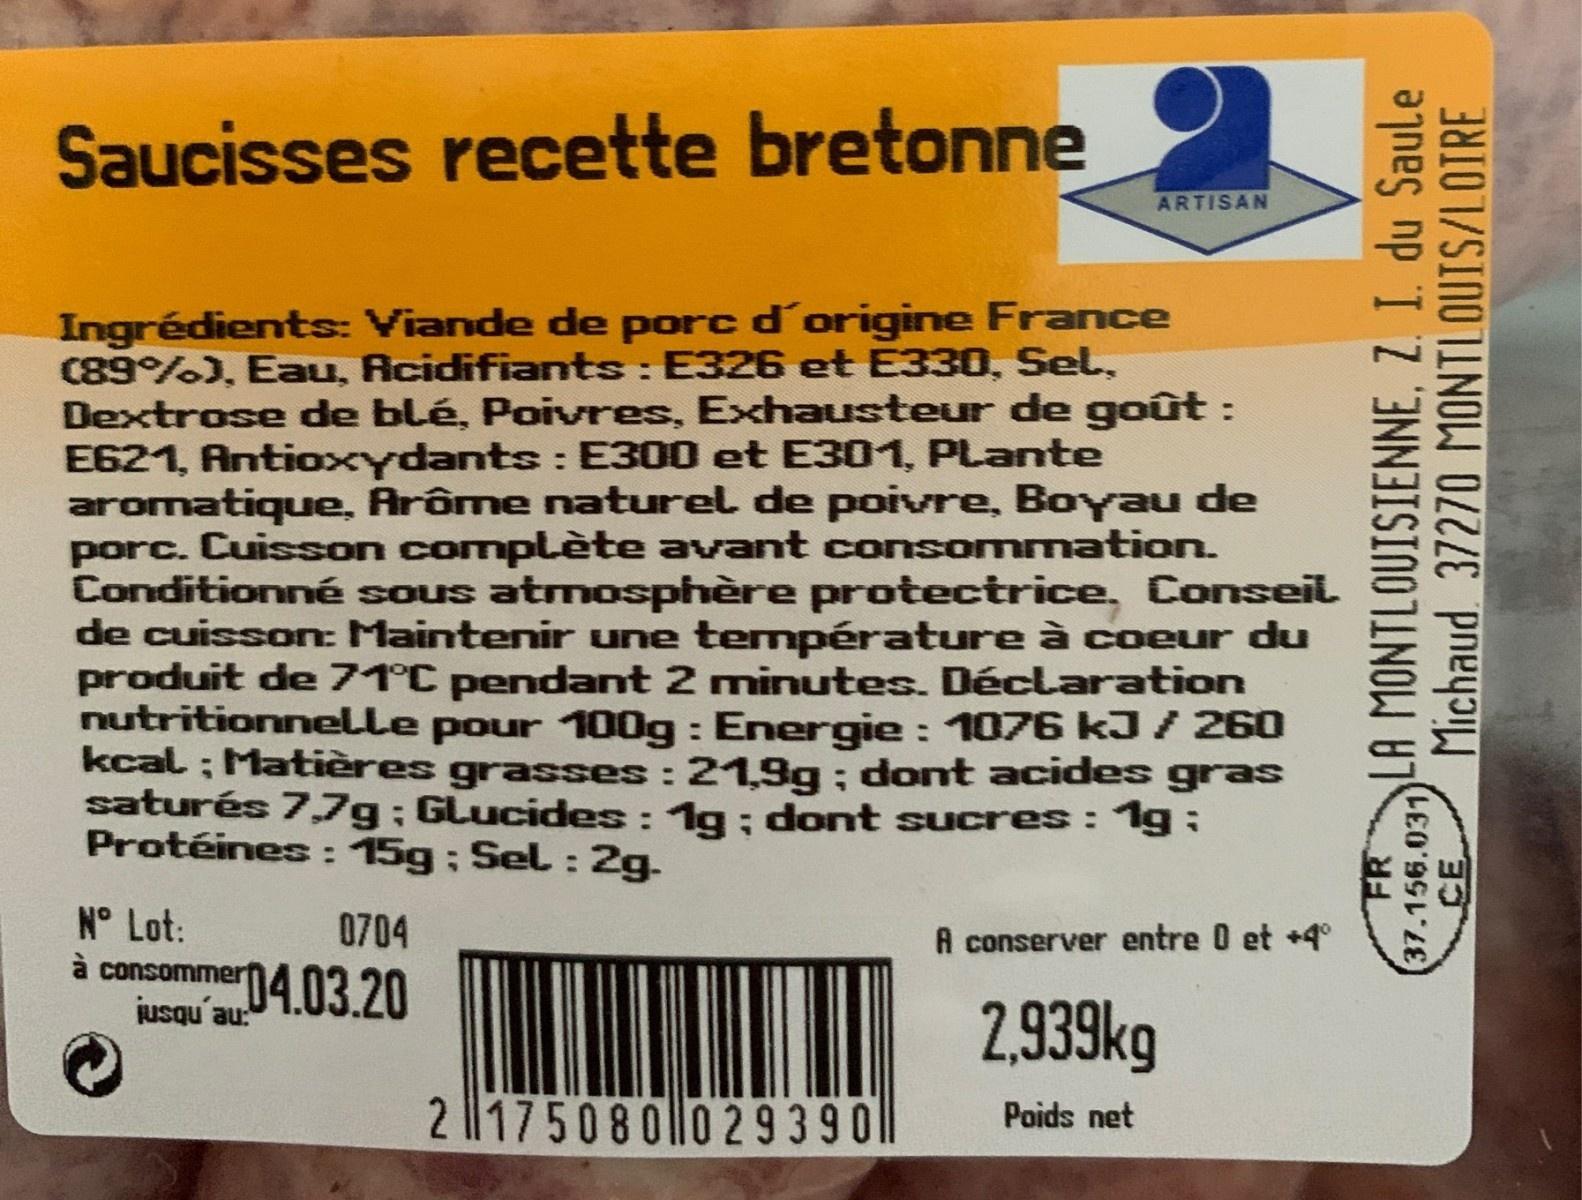
Saucisses recette bretonne ARTISAN Ingrédients: Viande de porc d'origine France C89%), Eau, Acidifiants : E326 et E330, Sel, Dextrose de blé, Poivres, Exhausteur de goût : E621, Antioxydants : E300 et E301, PLante aromatique, Arôme naturel de poivre, Boyau de porc. Cuisson complète avant consommation. Conditionné sous atmosphère protectrice, Conseil de cuisson Maintenir une température à coeur du produit de 71°C pendant 2 minutes. Déclaration nutritionnelle pour 100g : Energie : 1076 kJ/260 kcal ; Matières grasses :21,9g; dont acides gras saturés 7,7g; GLucides: 1g; dont sucres: 11g: Protéines: 15g; Sel :2g. %3D N° Lot: 0704 A conserver entre O et +4° a consommer jusqu au: iucqu'a04.03.20 2,939kg 2 ||1750800 2 9 3 90 Poids net FR 37.156.031 LA MONTLOUISIENNE, Z. I. du Saule Michaud 37270 MONTLOUIS/LOIRE E.